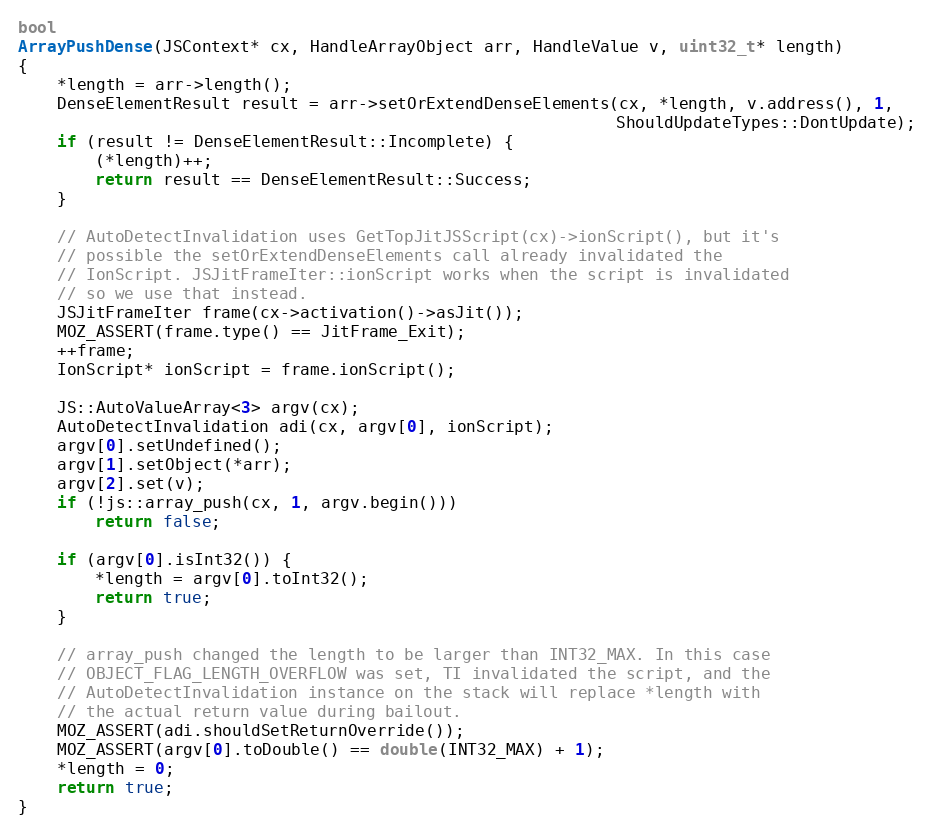
Language: C++
bool
ArrayPushDense(JSContext* cx, HandleArrayObject arr, HandleValue v, uint32_t* length)
{
    *length = arr->length();
    DenseElementResult result = arr->setOrExtendDenseElements(cx, *length, v.address(), 1,
                                                              ShouldUpdateTypes::DontUpdate);
    if (result != DenseElementResult::Incomplete) {
        (*length)++;
        return result == DenseElementResult::Success;
    }

    // AutoDetectInvalidation uses GetTopJitJSScript(cx)->ionScript(), but it's
    // possible the setOrExtendDenseElements call already invalidated the
    // IonScript. JSJitFrameIter::ionScript works when the script is invalidated
    // so we use that instead.
    JSJitFrameIter frame(cx->activation()->asJit());
    MOZ_ASSERT(frame.type() == JitFrame_Exit);
    ++frame;
    IonScript* ionScript = frame.ionScript();

    JS::AutoValueArray<3> argv(cx);
    AutoDetectInvalidation adi(cx, argv[0], ionScript);
    argv[0].setUndefined();
    argv[1].setObject(*arr);
    argv[2].set(v);
    if (!js::array_push(cx, 1, argv.begin()))
        return false;

    if (argv[0].isInt32()) {
        *length = argv[0].toInt32();
        return true;
    }

    // array_push changed the length to be larger than INT32_MAX. In this case
    // OBJECT_FLAG_LENGTH_OVERFLOW was set, TI invalidated the script, and the
    // AutoDetectInvalidation instance on the stack will replace *length with
    // the actual return value during bailout.
    MOZ_ASSERT(adi.shouldSetReturnOverride());
    MOZ_ASSERT(argv[0].toDouble() == double(INT32_MAX) + 1);
    *length = 0;
    return true;
}